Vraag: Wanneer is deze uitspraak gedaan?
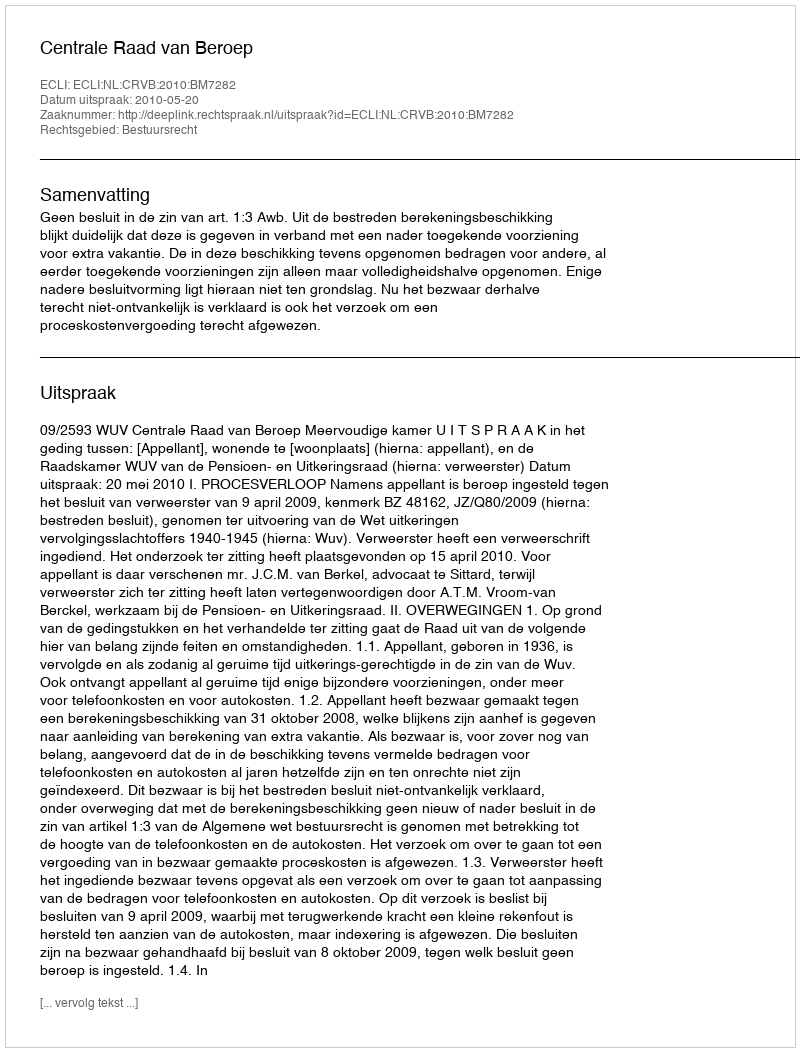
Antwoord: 2010-05-20